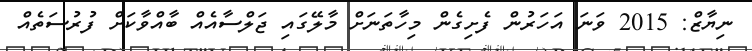
ނިޔާޒް: 2015 ވަނަ އަހަރުން ފެށިގެން މިހާތަނަށް މާލޭގައި ޖަލްސާއެއް ބާއްވާކަށް ފުރުސަތެއް